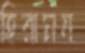
হিরামন